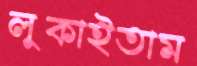
লুকাইতাম